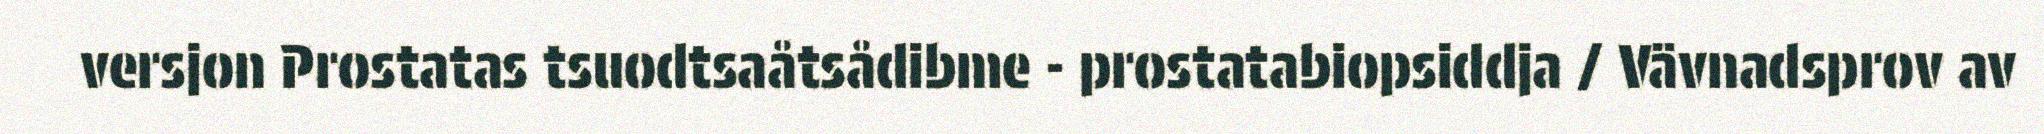
versjon Prostatas tsuodtsaåtsådibme - prostatabiopsiddja / Vävnadsprov av